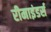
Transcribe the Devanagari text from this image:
रीमाइंडर्स